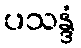
ပသန္ဒံ